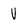
Character: V